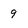
Character: 9